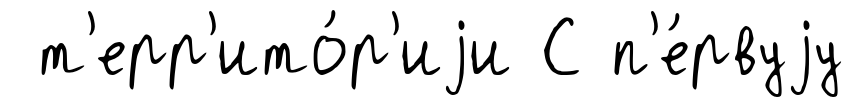
т'ерр'ито́р'иjи С п'е́рвуjу